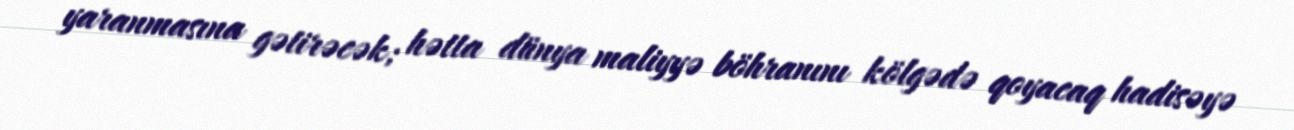
yaranmasına gətirəcək; hətta dünya maliyyə böhranını kölgədə qoyacaq hadisəyə